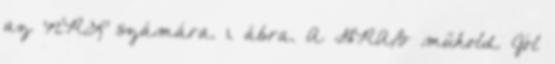
az NRL számára. 1. ábra. A GRAB műhold. Jól